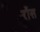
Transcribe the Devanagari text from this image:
रोंस